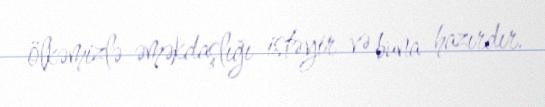
ölkəmizlə əməkdaşlığı istəyir və buna hazırdır.